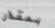
بمقدار